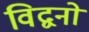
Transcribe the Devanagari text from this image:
विद्वनो